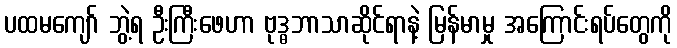
ပထမကျော် ဘွဲ့ရ ဦးကြီးဖေဟာ ဗုဒ္ဓဘာသာဆိုင်ရာနဲ့ မြန်မာမှု အကြောင်းရပ်တွေကို